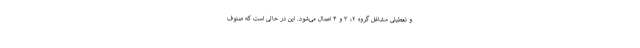
و تعطیلی مشاغل گروه ۲، ۳ و ۴ اعمال می‌شود. این در حالی است که صنوف